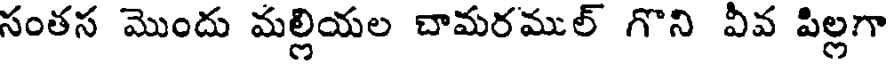
సంతస మొందు మల్లియల చామరముల్ గొని వీవ పిల్లగా